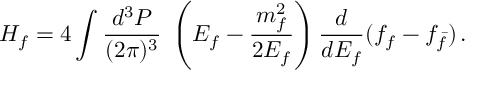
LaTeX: H _ { f } = 4 \int \frac { d ^ { 3 } P } { ( 2 \pi ) ^ { 3 } } \; \left( E _ { f } - { \frac { m _ { f } ^ { 2 } } { 2 E _ { f } } } \right) { \frac { d } { d E _ { f } } } ( f _ { f } - f _ { \bar { f } } ) \, .